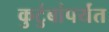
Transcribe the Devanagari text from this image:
कुटुंबांपर्यंत